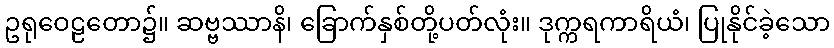
ဥရုဝေဠတော၌။ ဆဗ္ဗဿာနိ၊ ခြောက်နှစ်တို့ပတ်လုံး။ ဒုက္ကရကာရိယံ၊ ပြုနိုင်ခဲ့သော